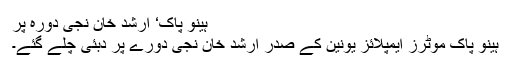
ہینو پاک‘ ارشد خان نجی دورہ پر
ہینو پاک موٹرز ایمپلائز یونین کے صدر ارشد خان نجی دورے پر دبئی چلے گئے۔